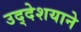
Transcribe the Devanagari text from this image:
उद्देशयाने